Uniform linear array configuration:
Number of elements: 32
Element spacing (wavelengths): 1
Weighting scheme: kaiser
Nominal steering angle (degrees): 60
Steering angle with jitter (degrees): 58.983
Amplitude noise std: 0.05
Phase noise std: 0.05

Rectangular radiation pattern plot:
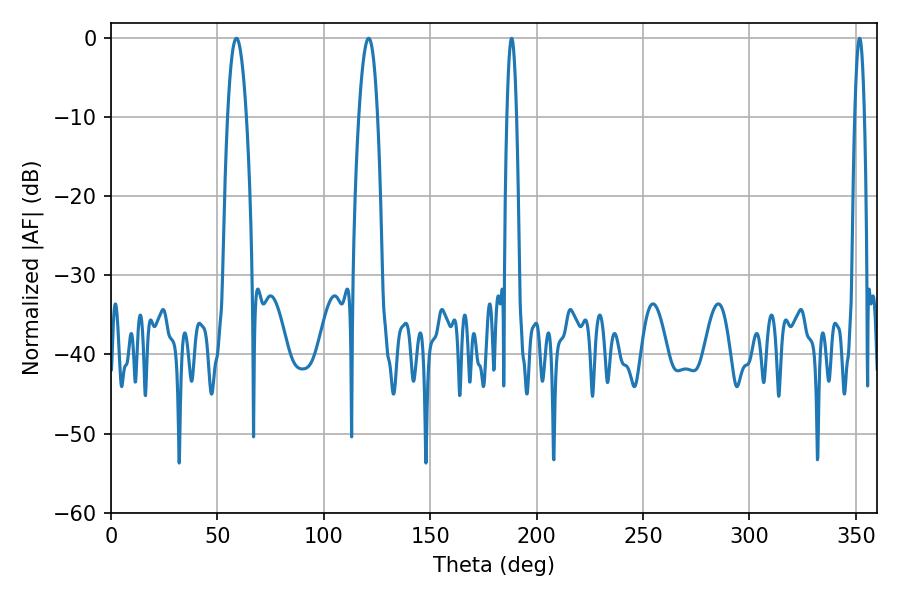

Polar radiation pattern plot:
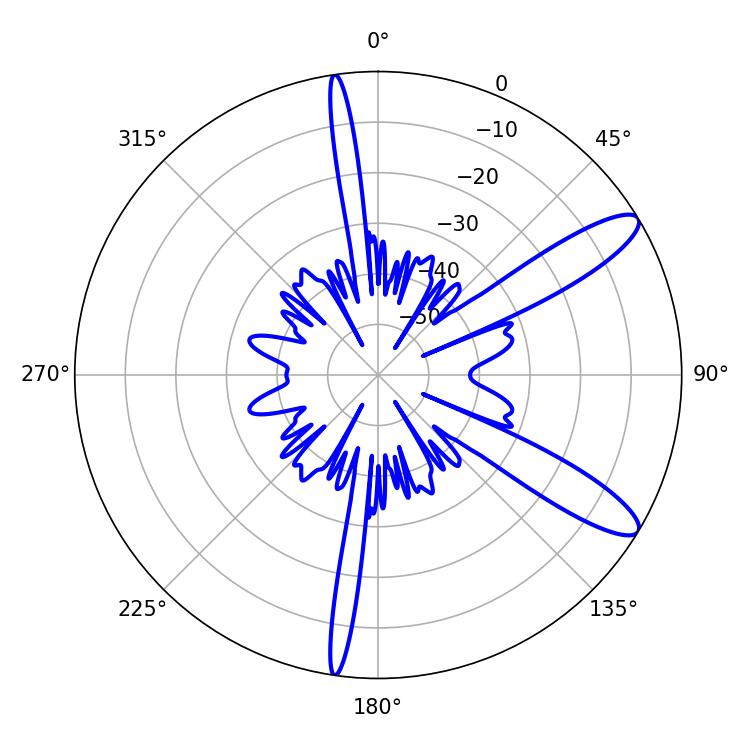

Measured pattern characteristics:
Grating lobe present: TRUE
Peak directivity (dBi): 11.432
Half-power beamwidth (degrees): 2.52
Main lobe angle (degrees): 188.28